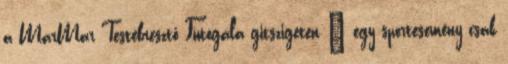
a MarMar Testébresztő Futógála gitszigeten – egy sportesemény csak